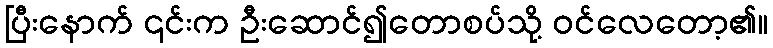
ပြီးနောက် ၎င်းက ဦးဆောင်၍တောစပ်သို့ ဝင်လေတော့၏။